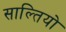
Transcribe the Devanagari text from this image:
साल्तियो